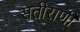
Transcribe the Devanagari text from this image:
सतीराणी